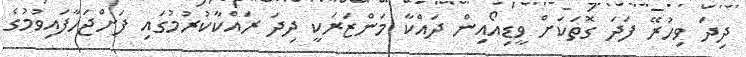
ދިދަ ވިހުރޭ ފަދަ ގޮތަކަށް ވީޑިއޯއިން ދައްކާ މަންޒަރަކީ ދިދަ ރައްކާކުރުމުގައި ފަށްޖަހާފައިވުމުގެ